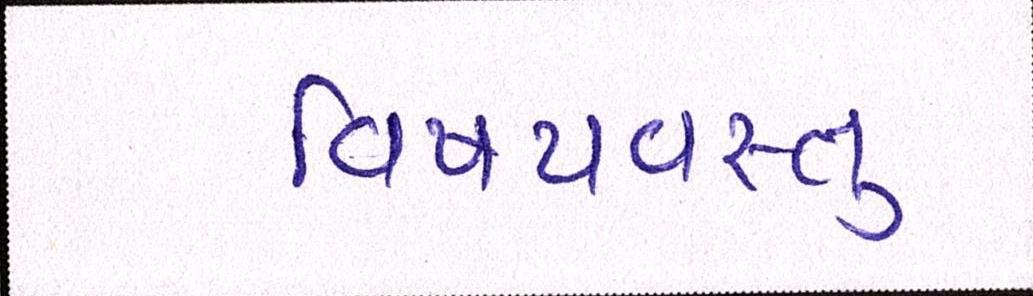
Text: વિષયવસ્તુ